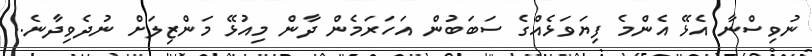
ނުވިސްނާ އެޅޭ އެންމެ ފިޔަވަޅެއްގެ ސަބަބުން އަހަރަމެން ދާން މިއުޅޭ މަންޒިލަށް ނުދެވިދާނެ.!